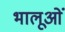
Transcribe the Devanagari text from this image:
भालूओंं